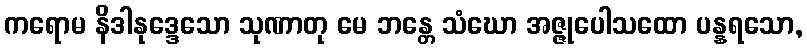
ကရောမ နိဒါနုဒ္ဒေသော သုဏာတု မေ ဘန္တေ သံဃော အဇ္ဇုပေါသထော ပန္နရသော,